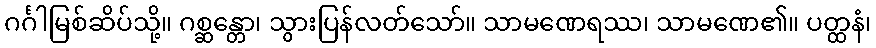
ဂင်္ဂါမြစ်ဆိပ်သို့။ ဂစ္ဆန္တော၊ သွားပြန်လတ်သော်။ သာမဏေရဿ၊ သာမဏေ၏။ ပတ္ထနံ၊